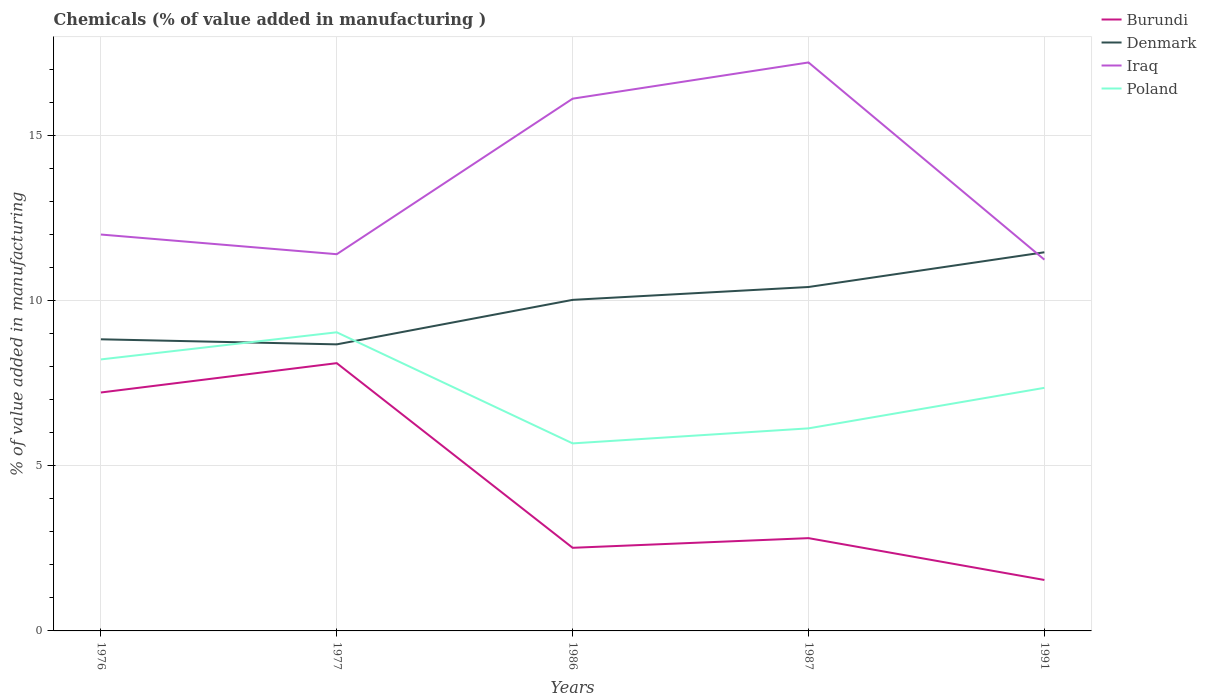
| Years | Burundi | Denmark | Iraq | Poland |
 | --- | --- | --- | --- | --- |
 | 1976 | 7.22 | 8.83 | 12 | 8.22 |
 | 1977 | 8.11 | 8.68 | 11.4 | 9.04 |
 | 1986 | 2.52 | 10 | 16.1 | 5.68 |
 | 1987 | 2.81 | 10.4 | 17.2 | 6.13 |
 | 1991 | 1.54 | 11.5 | 11.2 | 7.36 |